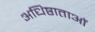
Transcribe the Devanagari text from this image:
अधिष्ठाताओं